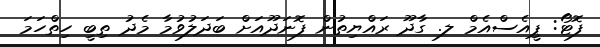
ފޮޓޯ: ޕީއެސްއެމް ލ. ގާދޫ ރައްޔިތުން ފޮނަދޫއަށް ބަދަލުވުމާ މެދު ތިބީ ހިތްހަމަ